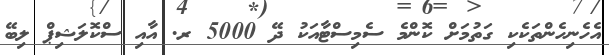
އެހެނިހެންތަކެކި ގަތުމަށް ކޮންމެ ސެމިސްޓާއަކު ދޭ 5000 ރ. އާއި ސްކޮލަޝިޕް ލިބޭ